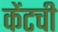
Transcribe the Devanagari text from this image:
केंटची